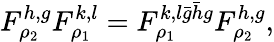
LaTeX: F_{\rho_{2}}^{h,g}F_{\rho_{1}}^{k,l}=F_{\rho_{1}}^{k,l\bar{g}\bar{h}g}F_{\rho_{2}}^{h,g},